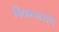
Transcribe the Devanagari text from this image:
विद्याव्यासंग